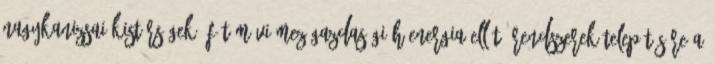
Nagykanizsai Kistérségek. Fűtőművi mezőgazdasági hőenergia ellátó rendszerek telepítésére a